Civil Veterinary Department Bihar reports 1940-50 - 1940-1950
Year: 1940
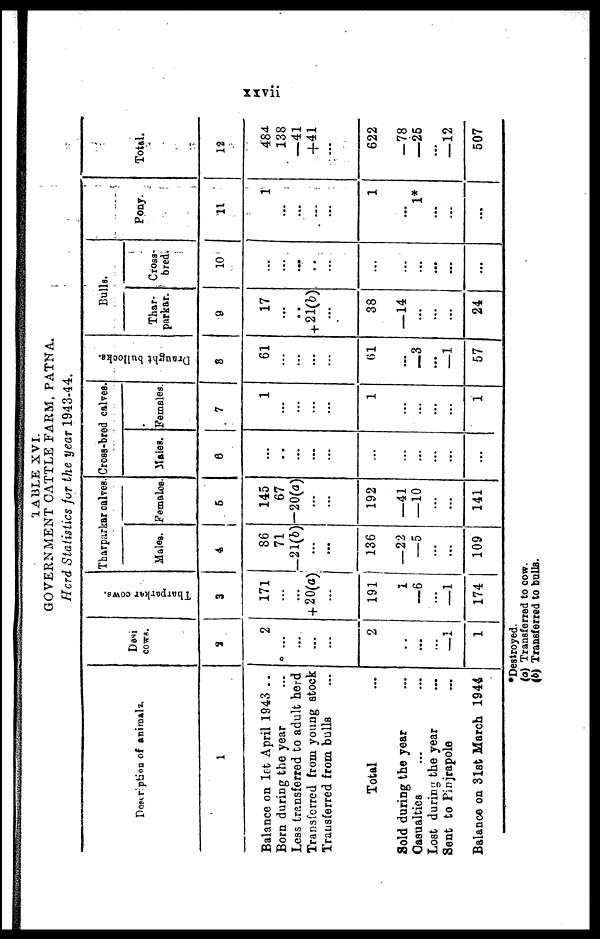
xxvii
TABLE XVI.
GOVERNMENT CATTLE FARM, PATNA.
Herd Statistics for the year 1943-44.
Description of animals.
1
Balance on 1st April 1943 ...
Born during the year ...
Leas transferred to adult herd
Transferred from young stock
Transferred from bulls ...
Total ...
Sold during the year ...
Casualties ... ...
Lost during the year ...
Sent to Pinjrapole ...
Balance on 31st March 1944
Desi
cows.
2
2
...
...
...
...
2
...
...
...
—1
1
Tharparkar cows.
3
171
...
...
+ 20(a)
...
191
1
—6
...
—1
174
Tharparkar calves. Cross-bred calves
Males.
4
86
71
—21(b)
...
...
136
—22
—5
...
...
109
Females.
5
145
67
—20(a)
...
...
192
—41
—10
...
...
141
Males.
6
...
...
...
...
...
...
...
...
...
...
...
Females.
7
1
...
...
...
...
1
...
...
...
...
1
Drought bullocks.
8
61
...
...
...
...
61
...
—3
...
—1
57
Bulls.
Thar-
parkar.
9
17
...
..
+ 21(b)
...
38
—14
...
...
24
Cross-
bred.
10
...
...
...
...
...
...
...
...
...
...
...
Pony.
11
1
...
...
....
...
1
...
1*
...
...
...
|
Total.
12
484
138
—41
+41
...
622
—78
—25
...
—12
507
*Destroyed.
(a) Transferred to cow.
(b) Transferred to bulls.